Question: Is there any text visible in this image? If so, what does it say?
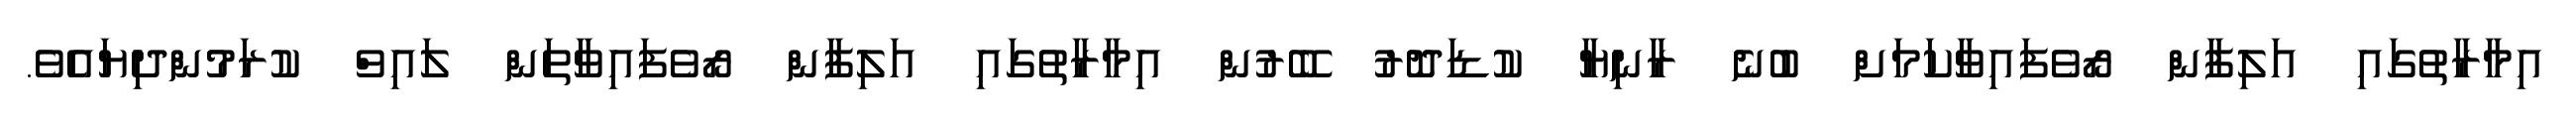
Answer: އިމާރާތުގައި އަލިފާން ރޯވެފައިވާކަމަށް ބުނެ ރާނިޔާ ކުޑަދޮރު ބޭރުން އިމާރާތުގައި އަލިފާން ރޯވެފައިވާތަން ލައިވް ކުރަމުންދިޔައެވެ.